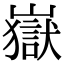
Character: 嶽